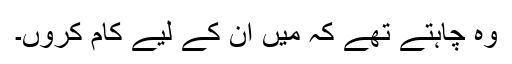
وہ چاہتے تھے کہ میں ان کے لیے کام کروں۔